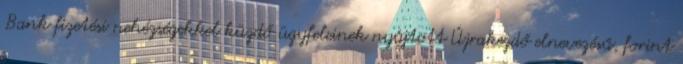
Bank fizetési nehézségekkel küzdő ügyfeleinek nyújtott Újrakezdő elnevezésű, forint